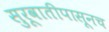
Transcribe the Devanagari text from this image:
सुरूवातीपासूनच